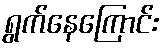
ရွက်နေကြောင်း